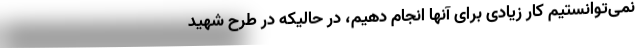
نمی‌توانستیم کار زیادی برای آنها انجام دهیم، در حالیکه در طرح شهید